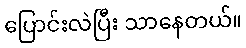
ပြောင်းလဲပြီး သာနေတယ်။